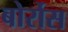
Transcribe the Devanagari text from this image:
बोर्रोस